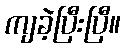
ကျခဲ့ပြီးပြီ။